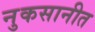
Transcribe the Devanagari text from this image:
नुकसानीत